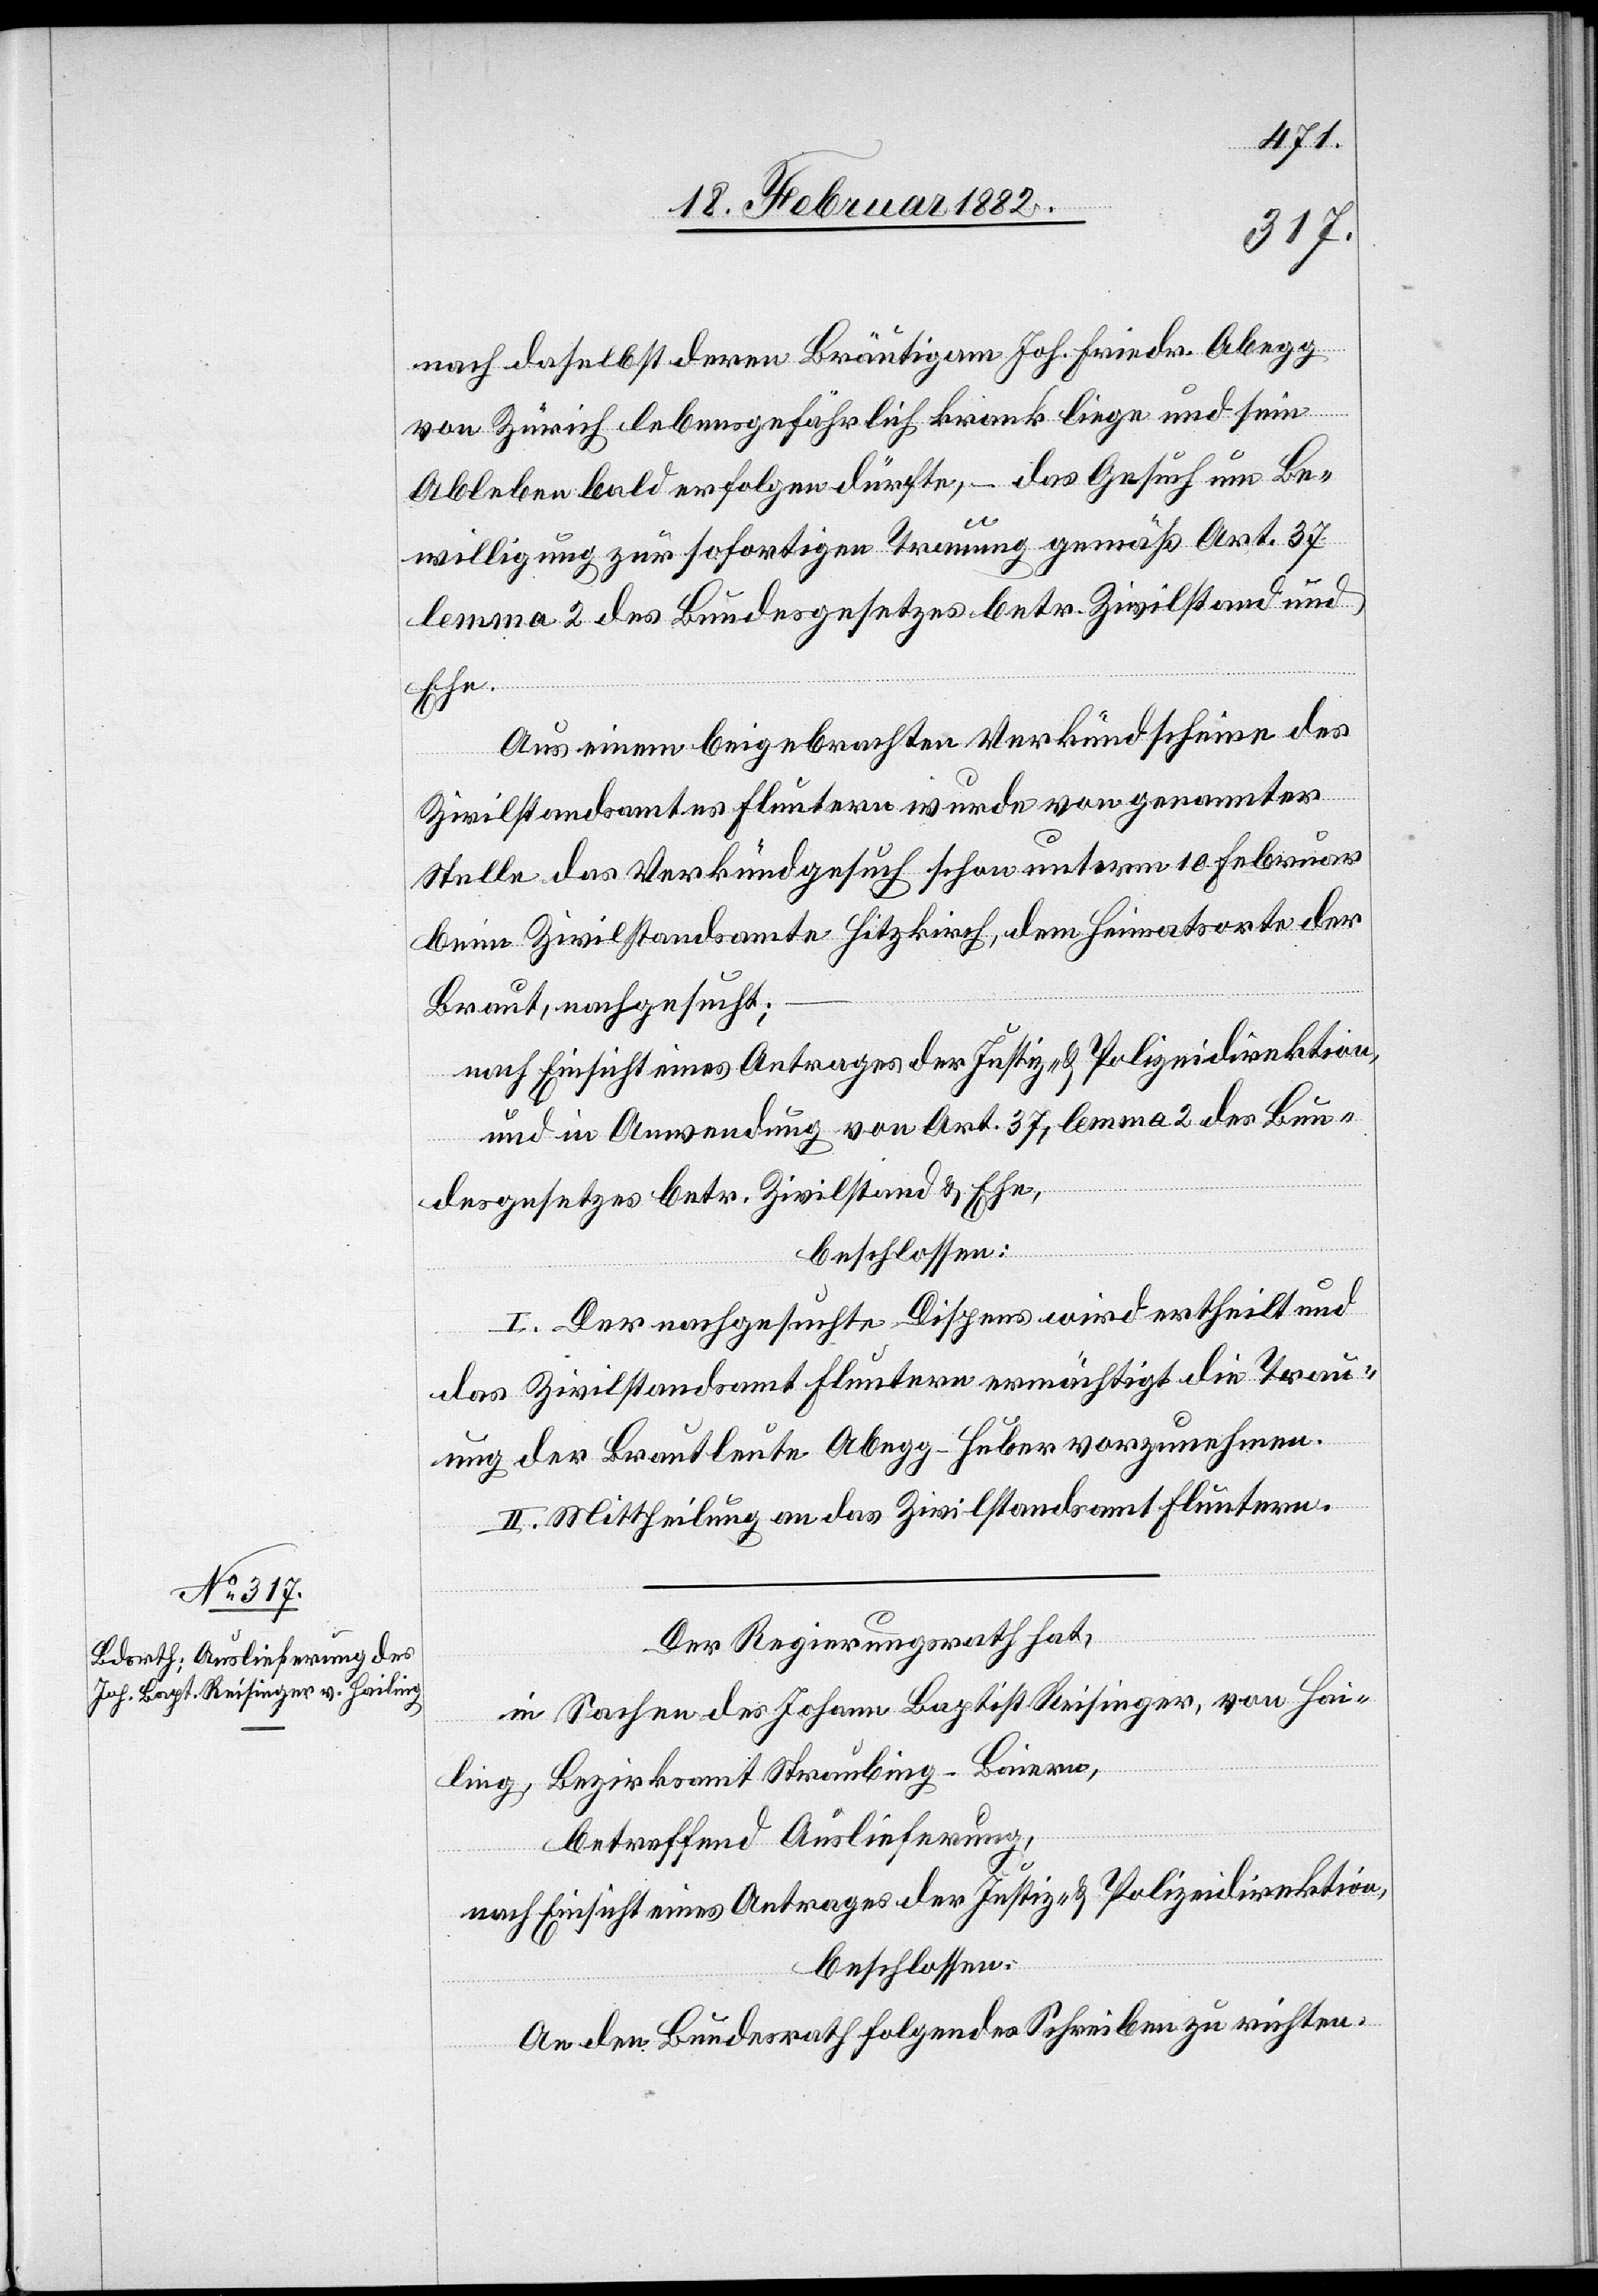
20. Februar 1882.]
nach daselbst deren Bräutigam Joh. Friedr. Abegg
von Zürich lebensgefährlich krank liege und sein
Ableben bald erfolgen dürfte, – das Gesuch um Be¬
willigung zur sofortigen Trauung gemäß Art. 37
lemma 2 des Bundesgesetzes betr. Zivilstand und
Ehe.
Aus einem beigebrachten Verkündscheine des
Zivilstandsamtes Fluntern wurde von genannter
Stelle das Verkündgesuch schon unterm 10. Februar
beim Zivilstandsamte Hitzkirch, dem Heimatsorte der
Braut, nachgesucht;
nach Einsicht eines Antrages der Justiz- & Polizeidirektion,
und in Anwendung von Art. 37, lemma 2 des Bun¬
desgesetzes betr. Zivilstand & Ehe,
beschlossen:
I. Der nachgesuchte Dispens wird ertheilt und
das Zivilstandsamt Fluntern ermächtigt die Trau¬
ung der Brautleute Abegg - Huber vorzunehmen.
II. Mittheilung an das Zivilstandsamt Fluntern.
Der Regierungsrath hat,
in Sachen des Johann Baptist Reisinger, von Hai¬
ling, Bezirksamt Straubing - Baiern,
betreffend Auslieferung,
nach Einsicht eines Antrages der Justiz- & Polizeidirektion,
beschlossen:
An den Bundesrath folgendes Schreiben zu richten: